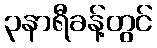
၃နာရီခန့်တွင်